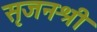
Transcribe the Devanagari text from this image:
सृजनश्री